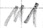
Text: M1